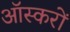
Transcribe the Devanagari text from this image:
ऑस्करों